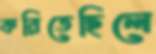
করিতেছিলে